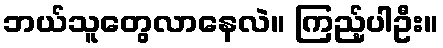
ဘယ်သူတွေလာနေလဲ။ ကြည့်ပါဦး။